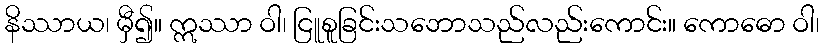
နိဿာယ၊ မှီ၍။ ဣဿာ ဝါ၊ ငြူစူခြင်းသဘောသည်လည်းကောင်း။ ကောဓော ဝါ၊